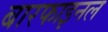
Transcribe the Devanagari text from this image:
बारफाइनल